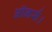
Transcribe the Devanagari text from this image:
ऑनर्स।